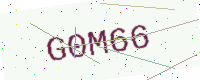
Text: G0M66